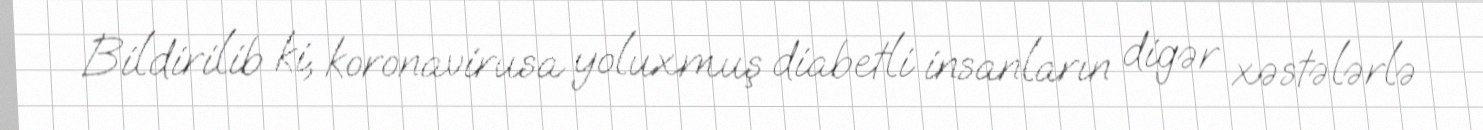
Bildirilib ki, koronavirusa yoluxmuş diabetli insanların digər xəstələrlə